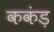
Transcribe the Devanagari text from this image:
ककंड़